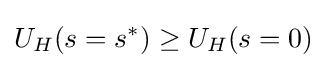
U_{H}(s=s^{*})\geq U_{H}(s=0)